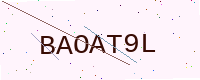
Text: BAOAT9L